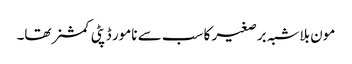
مون بلاشبہ برصغیر کا سب سے نامور ڈپٹی کمشنر تھا۔